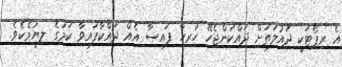
އެ ރިޕޯޓަކީ ދައުލަތަށް ދައްކަންޖެހޭ ހުރިހާ ފައިސާ އެއް ދައްކާފައިވާ ކަމުގެ ލިޔުމެކެވެ.